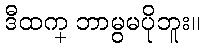
ဒီထက္ ဘာမွမပိုဘူး။